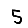
Digit: 5